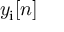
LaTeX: y _ { \mathrm { i } } [ n ]